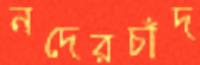
নদেরচাঁদ